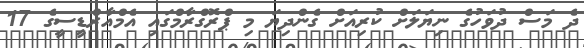
ދެ މަސް ދުވަހުގެ ނިޔަލަށް ކުރިއަށް ގެންދިޔަ މި ޕްރޮގްރާމްގައި އެމްއާރްޑީސީގެ 17